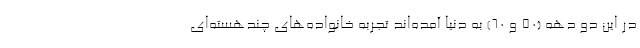
در این دو دهه (۵۰ و ۶۰) به دنیا آمده‌اند تجربه خانواده‌های چندهسته‌ای